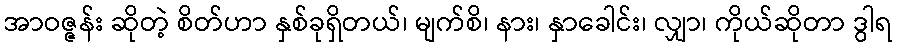
အာဝဇ္ဇန်း ဆိုတဲ့ စိတ်ဟာ နှစ်ခုရှိတယ်၊ မျက်စိ၊ နား၊ နှာခေါင်း၊ လျှာ၊ ကိုယ်ဆိုတာ ဒွါရ